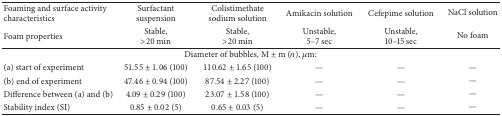
| Foaming and surface activity characteristics | Surfactant suspension | Colistimethate sodium solution | Amikacin solution | Cefepime solution | NaCl solution |
 | Foam properties | Stable,>20 min | Stable,>20 min | Unstable,5–7 sec | Unstable,10–15 sec | No foam |
 | --- | --- | --- | --- | --- | --- |
 | <COLSPAN=6> Diameter of bubbles, M ± m (n), μm: |
 | (a) start of experiment | 51.55 ± 1.06 (100) | 110.62 ± 1.65 (100) | — | — | — |
 | (b) end of experiment | 47.46 ± 0.94 (100) | 87.54 ± 2.27 (100) | — | — | — |
 | Difference between (a) and (b) | 4.09 ± 0.29 (100) | 23.07 ± 1.58 (100) | — | — | — |
 | Stability index (SI) | 0.85 ± 0.02 (5) | 0.65 ± 0.03 (5) | — | — | — |